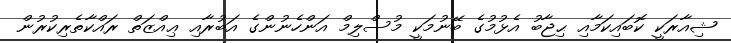
ޝިއާރަކީ ކޮބައިކަމާއި ޙިޖާބު އެޅުމުގެ ބޭނުމަކީ މުސްލިމް އަންހެނުންގެ އަބުރާއި ޢިއްޒަތް ރައްކާތެރިކުރުން